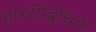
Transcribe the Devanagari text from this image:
हास्योद्बोधक